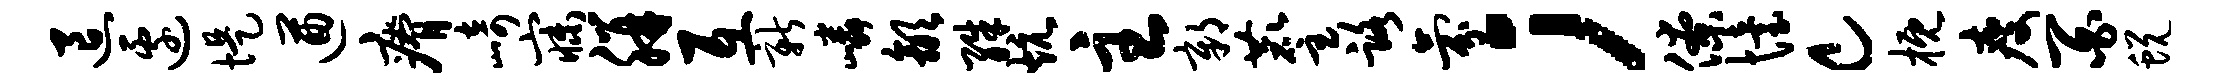
退边堤遒瘠崎寐胼互新嶙歙殊炕主鄣麈路氛；僚怡c概瘦百蜕